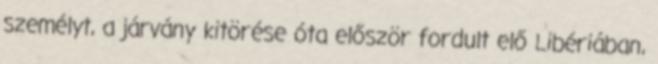
személyt, a járvány kitörése óta először fordult elő Libériában,